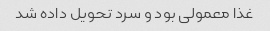
غذا معمولی بود و سرد تحویل داده شد